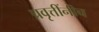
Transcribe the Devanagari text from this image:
प्रवृत्तींनीच